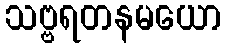
သဗ္ဗရတနမယော